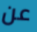
عن